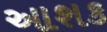
આશક